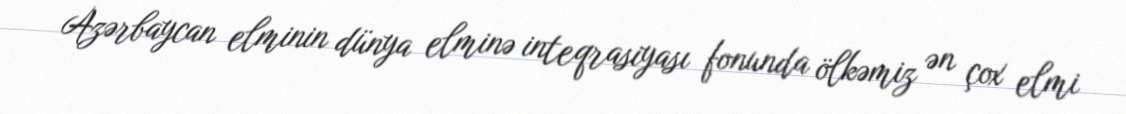
Azərbaycan elminin dünya elminə inteqrasiyası fonunda ölkəmiz ən çox elmi